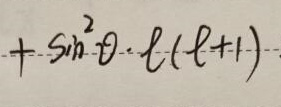
$+\sin^{2}\theta\cdot \ell(\ell + 1)$